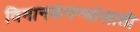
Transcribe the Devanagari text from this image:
विमानकंपन्यांसाठी